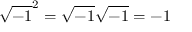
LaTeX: { \sqrt { - 1 } } ^ { 2 } = { \sqrt { - 1 } } { \sqrt { - 1 } } = - 1